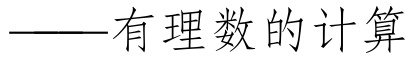
——有理数的计算